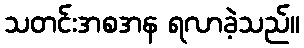
သတင်းအစအန ရလာခဲ့သည်။